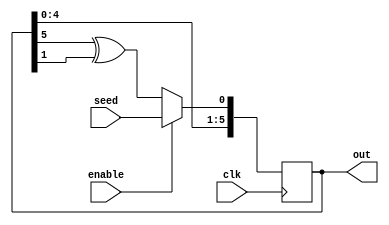
module s1031449_lab3( out , clk , enable , seed);
    input clk, enable, seed;
    output [5:0] out;
    reg [5:0] out;
	wire feedback;
	assign feedback=out[5]^out[1];
    always @(posedge clk)
    begin
		if(enable)begin
		out[0] <= seed;
		out[1] <= out[0];
		out[2] <= out[1];
		out[3] <= out[2];
		out[4] <= out[3];
		out[5] <= out[4];
		end
		else begin
		out[0] <= feedback;
		out[1] <= out[0];
		out[2] <= out[1];
		out[3] <= out[2];
		out[4] <= out[3];
		out[5] <= out[4];
		end
	end	
endmodule